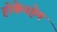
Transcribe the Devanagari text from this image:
होकेनहेम